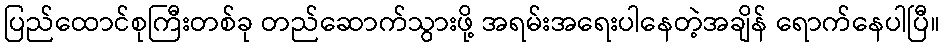
ပြည်ထောင်စုကြီးတစ်ခု တည်ဆောက်သွားဖို့ အရမ်းအရေးပါနေတဲ့အချိန် ရောက်နေပါပြီ။